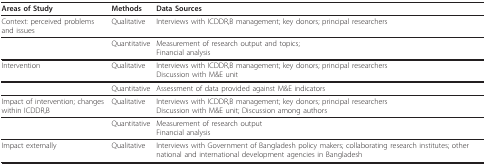
<table><thead><tr><td><b>Areas of Study</b></td><td><b>Methods</b></td><td><b>Data Sources</b></td></tr></thead><tbody><tr><td>Context: perceived problems and issues</td><td>Qualitative</td><td>Interviews with ICDDR,B management; key donors; principal researchers</td></tr><tr><td></td><td>Quantitative</td><td>Measurement of research output and topics;Financial analysis</td></tr><tr><td>Intervention</td><td>Qualitative</td><td>Interviews with ICDDR,B management; key donors; principal researchersDiscussion with M&amp;E unit</td></tr><tr><td></td><td>Quantitative</td><td>Assessment of data provided against M&amp;E indicators</td></tr><tr><td>Impact of intervention; changes within ICDDR,B</td><td>Qualitative</td><td>Interviews with ICDDR,B management; key donors; principal researchersDiscussion with M&amp;E unit; Discussion among authors</td></tr><tr><td></td><td>Quantitative</td><td>Measurement of research outputFinancial analysis</td></tr><tr><td>Impact externally</td><td>Qualitative</td><td>Interviews with Government of Bangladesh policy makers; collaborating research institutes; other national and international development agencies in Bangladesh</td></tr></tbody></table>